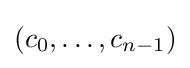
(c_{0},\ldots ,c_{n-1})